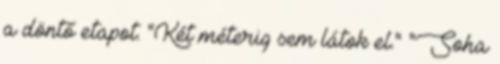
a döntő etapot. "Két méterig sem látok el." "Soha